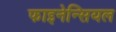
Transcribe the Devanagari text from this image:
फाइनेन्सियल